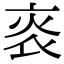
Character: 𤇯